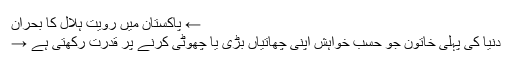
← پاکستان میں رویت ہلال کا بحران
دنیا کی پہلی خاتون جو حسب خواہش اپنی چھاتیاں بڑی یا چھوٹی کرنے پر قدرت رکھتی ہے →